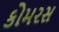
કોમરસ